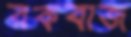
রকবাজ